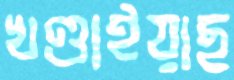
খণ্ডাইয়াছ